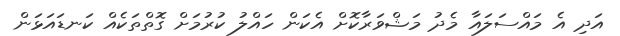
އަދި އެ މައްސަލައާ މެދު މަޝްވަރާކޮށް އެކަން ހައްލު ކުރުމަށް ގޮތްތަކެއް ކަނޑައަޅަން